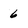
Character: 6